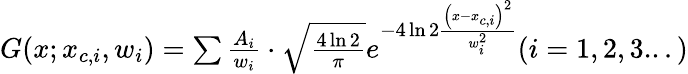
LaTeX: \begin{array}{r}{G(x;x_{c,i},w_{i})=\sum\frac{A_{i}}{w_{i}}\cdot\sqrt{\frac{4\ln 2}{\pi}}e^{{-4\ln 2}\frac{\left(x-x_{c,i}\right)^{2}}{w_{i}^{2}}}(i=1,2,3...)}\end{array}